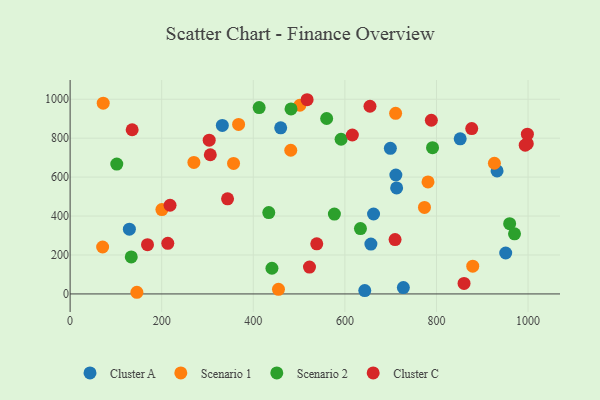
{"axis": {"x": "Speed", "y": "Rating"}, "legend": ["Cluster A", "Cluster C", "Scenario 1", "Scenario 2"], "data": [{"x": "851.8", "y": 796.4, "type": "Cluster A"}, {"x": "459.8", "y": 853.3, "type": "Cluster A"}, {"x": "713.0", "y": 544.3, "type": "Cluster A"}, {"x": "643.4", "y": 17.4, "type": "Cluster A"}, {"x": "711.3", "y": 610.7, "type": "Cluster A"}, {"x": "662.6", "y": 410.6, "type": "Cluster A"}, {"x": "727.7", "y": 32.4, "type": "Cluster A"}, {"x": "699.3", "y": 747.7, "type": "Cluster A"}, {"x": "332.4", "y": 865.2, "type": "Cluster A"}, {"x": "951.2", "y": 210.2, "type": "Cluster A"}, {"x": "129.4", "y": 332.5, "type": "Cluster A"}, {"x": "932.3", "y": 631.8, "type": "Cluster A"}, {"x": "656.8", "y": 256.2, "type": "Cluster A"}, {"x": "926.5", "y": 671.2, "type": "Scenario 1"}, {"x": "270.3", "y": 675.2, "type": "Scenario 1"}, {"x": "879.2", "y": 142.4, "type": "Scenario 1"}, {"x": "72.3", "y": 979.7, "type": "Scenario 1"}, {"x": "367.9", "y": 870.6, "type": "Scenario 1"}, {"x": "501.7", "y": 969.1, "type": "Scenario 1"}, {"x": "481.8", "y": 738.0, "type": "Scenario 1"}, {"x": "455.0", "y": 23.7, "type": "Scenario 1"}, {"x": "200.4", "y": 433.0, "type": "Scenario 1"}, {"x": "710.8", "y": 927.8, "type": "Scenario 1"}, {"x": "781.5", "y": 575.4, "type": "Scenario 1"}, {"x": "773.8", "y": 444.5, "type": "Scenario 1"}, {"x": "145.8", "y": 8.5, "type": "Scenario 1"}, {"x": "71.0", "y": 240.9, "type": "Scenario 1"}, {"x": "356.9", "y": 670.4, "type": "Scenario 1"}, {"x": "412.8", "y": 957.0, "type": "Scenario 2"}, {"x": "591.7", "y": 794.3, "type": "Scenario 2"}, {"x": "634.0", "y": 335.8, "type": "Scenario 2"}, {"x": "440.7", "y": 131.8, "type": "Scenario 2"}, {"x": "482.4", "y": 949.9, "type": "Scenario 2"}, {"x": "959.8", "y": 360.7, "type": "Scenario 2"}, {"x": "133.5", "y": 190.1, "type": "Scenario 2"}, {"x": "970.4", "y": 308.9, "type": "Scenario 2"}, {"x": "577.1", "y": 409.9, "type": "Scenario 2"}, {"x": "433.8", "y": 417.9, "type": "Scenario 2"}, {"x": "791.4", "y": 751.2, "type": "Scenario 2"}, {"x": "560.2", "y": 900.9, "type": "Scenario 2"}, {"x": "101.9", "y": 666.9, "type": "Scenario 2"}, {"x": "998.3", "y": 771.9, "type": "Cluster C"}, {"x": "517.5", "y": 997.4, "type": "Cluster C"}, {"x": "135.5", "y": 843.1, "type": "Cluster C"}, {"x": "788.8", "y": 892.0, "type": "Cluster C"}, {"x": "860.2", "y": 53.7, "type": "Cluster C"}, {"x": "218.2", "y": 455.4, "type": "Cluster C"}, {"x": "213.3", "y": 260.1, "type": "Cluster C"}, {"x": "303.7", "y": 789.9, "type": "Cluster C"}, {"x": "998.5", "y": 820.6, "type": "Cluster C"}, {"x": "993.8", "y": 764.0, "type": "Cluster C"}, {"x": "306.1", "y": 714.8, "type": "Cluster C"}, {"x": "709.6", "y": 279.0, "type": "Cluster C"}, {"x": "877.0", "y": 849.3, "type": "Cluster C"}, {"x": "538.6", "y": 257.5, "type": "Cluster C"}, {"x": "522.7", "y": 138.0, "type": "Cluster C"}, {"x": "169.0", "y": 252.9, "type": "Cluster C"}, {"x": "616.3", "y": 816.3, "type": "Cluster C"}, {"x": "343.8", "y": 488.6, "type": "Cluster C"}, {"x": "654.8", "y": 964.0, "type": "Cluster C"}]}